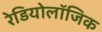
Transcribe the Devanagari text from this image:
रेडियोलॉजिक